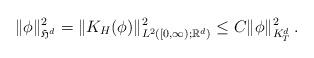
LaTeX: \begin{align*} \|\phi\|^2_{\mathfrak{H}^{d }} = \|K_H(\phi)\|^2_{L^2([0,\infty);\mathbb{R}^d)} \leq C \|\phi\|^2_{K^{d}_T} \,.\end{align*}